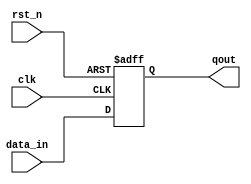
`timescale 1ns / 1ps



module dff_async(
    input data_in,
    input clk,
    input rst_n,
    output reg qout
    );
    always @ (posedge clk or negedge rst_n)
    begin
    if(!rst_n)
    qout<=1'b0;
    else 
    qout <=data_in;
    end
endmodule